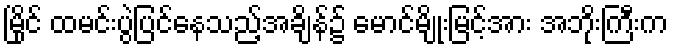
မြိုင် ထမင်းပွဲပြင်နေသည့်အချိန်၌ မောင်မျိုးမြင့်အား အဘိုးကြီးက